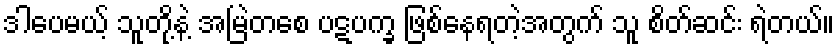
ဒါပေမယ့် သူတို့နဲ့ အမြဲတစေ ပဋပက္ခ ဖြစ်နေရတဲ့အတွက် သူ စိတ်ဆင်း ရဲတယ်။